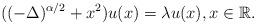
LaTeX: \begin{align*}((-\Delta)^{\alpha/2}+x^2)u(x)=\lambda u(x),x\in {\mathbb R}.\end{align*}